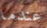
عندما